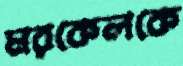
মরকেলকে